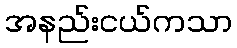
အနည်းငယ်ကသာ